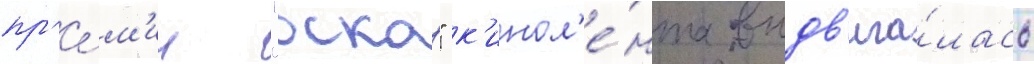
пр'е́м'ии "оскар" к'инол'е́нта выдв'ига́лась